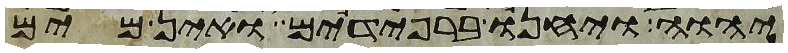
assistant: יהוה ויחנו ברפידים ואין מים